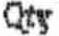
QTY